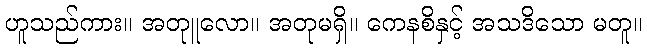
ဟူသည်ကား။ အတုူလော။ အတုမရှိ။ ကေနစိနှင့် အသဒိသော မတူ။